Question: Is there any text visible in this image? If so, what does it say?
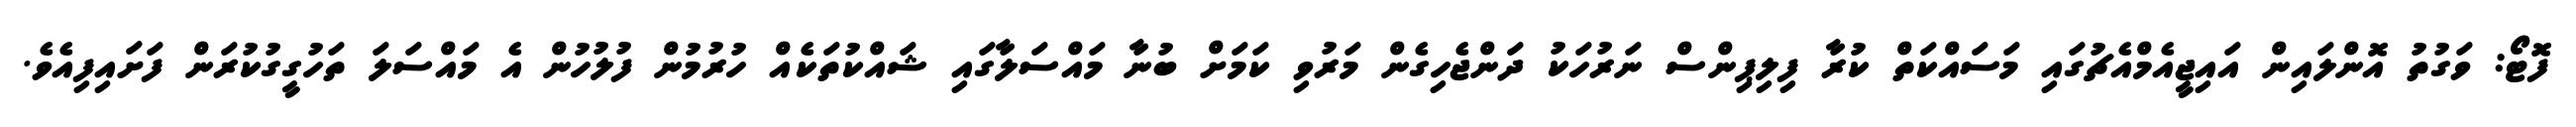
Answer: ފޮޓޯ: ވަގުތު އޮންލައިން އައިޖީއެމްއެޗުގައި މަސައްކަތް ކުރާ ފިލިޕިންސް ނަރުހަކު ދަންޖެހިގެން މަރުވި ކަމަށް ބުނާ މައްސަލާގައި ޝައްކުތަކެއް ހުރުމުން ފުލުހުން އެ މައްސަލަ ތަހުގީގުކުރަން ފަށައިފިއެވެ.